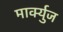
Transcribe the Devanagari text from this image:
मार्क्युज